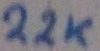
Text: 22K